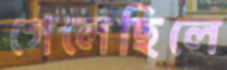
গেলেছিলে